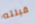
قبلته